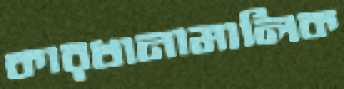
কারখানামালিক